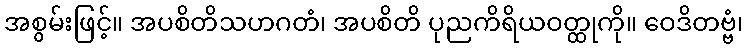
အစွမ်းဖြင့်။ အပစိတိသဟဂတံ၊ အပစိတိ ပုညကိရိယဝတ္ထုကို။ ဝေဒိတဗ္ဗံ၊